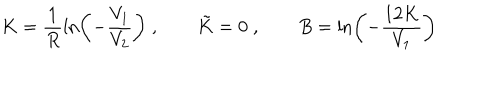
K = \frac { 1 } { R } \ln \left( - \frac { V _ { 1 } } { V _ { 2 } } \right) \; , \qquad \tilde { K } = 0 \; , \qquad B = \ln \left( - \frac { 1 2 K } { V _ { 1 } } \right)